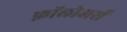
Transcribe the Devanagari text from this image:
फ़ॉलोअर्स